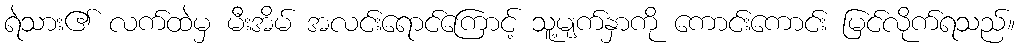
ရဲသား၏ လက်ထဲမှ မီးအိမ် အလင်းရောင်ကြောင့် သူ့မျက်နှာကို ကောင်းကောင်း မြင်လိုက်ရသည်။